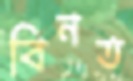
বিনত